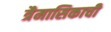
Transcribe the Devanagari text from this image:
त्रैमासिकाची